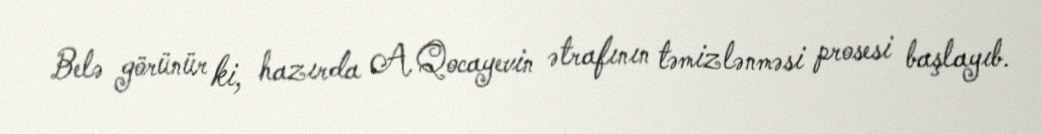
Belə görünür ki, hazırda A.Qocayevin ətrafının təmizlənməsi prosesi başlayıb.